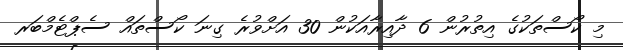
މި ކޯސްތަކުގެ އިތުރުން 6 ދާއިރާއަކުން 30 އަށްވުރެ ގިނަ ކޯސްތައް ސެޕްޓެމްބަރ